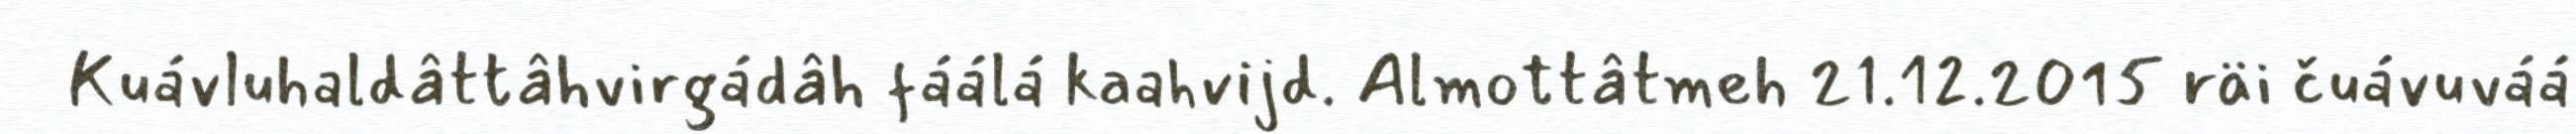
Kuávluhaldâttâhvirgádâh fáálá kaahvijd. Almottâtmeh 21.12.2015 räi čuávuváá